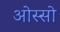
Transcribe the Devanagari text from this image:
ओस्सो